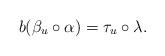
LaTeX: \begin{gather*}b(\beta_u\circ\alpha)=\tau_u\circ \lambda.\end{gather*}